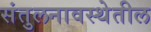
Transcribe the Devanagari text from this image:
संतुलनावस्थेतील